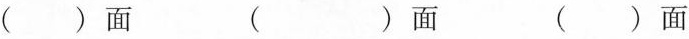
( )面 ( ) 面 ( )面